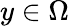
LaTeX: y\in\Omega